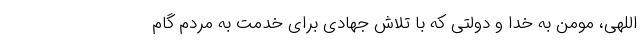
اللهی، مومن به خدا و دولتی که با تلاش جهادی برای خدمت به مردم گام